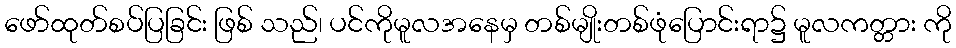
ဖော်ထုတ်စပ်ပြခြင်း ဖြစ် သည်၊ ပင်ကိုမူလအနေမှ တစ်မျိုးတစ်ဖုံပြောင်းရာ၌ မူလကတ္တား ကို